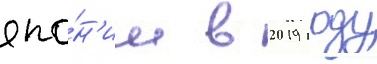
япо́н'ии в 2019 году